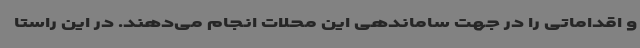
و اقداماتی را در جهت ساماندهی این محلات انجام می‌دهند. در این راستا